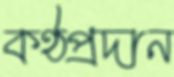
কণ্ঠপ্রদান